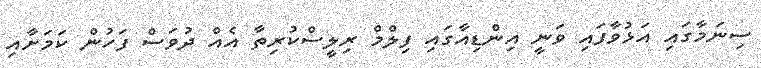
ސިނަމާގައި އަޅުވާފައި ވަނީ އިންޑިއާގައި ފިލްމް ރިލީސްކުރިތާ އެއް ދުވަސް ފަހުން ކަމަށާއި